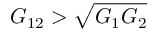
G _ { 1 2 } > \sqrt { G _ { 1 } G _ { 2 } }